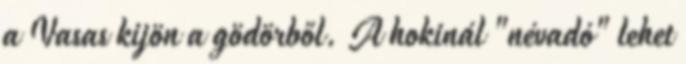
a Vasas kijön a gödörből. A hokinál "névadó" lehet